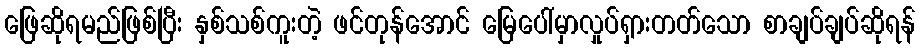
ဖြေဆိုရမည်ဖြစ်ပြီး နှစ်သစ်ကူးတဲ့ ဖင်တုန်အောင် မြေပေါ်မှာလှုပ်ရှားတတ်သော စာချပ်ချပ်ဆိုရန်